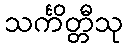
သင်္ကိတ္တီသု